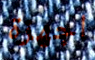
اجهزة